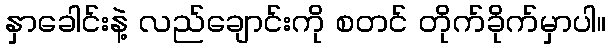
နှာခေါင်းနဲ့ လည်ချောင်းကို စတင် တိုက်ခိုက်မှာပါ။